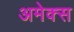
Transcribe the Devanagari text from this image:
अमेक्स